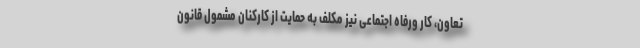
تعاون، کار ورفاه اجتماعی نیز مکلف به حمایت از کارکنان مشمول قانون